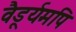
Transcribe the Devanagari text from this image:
वैडूर्यमपि